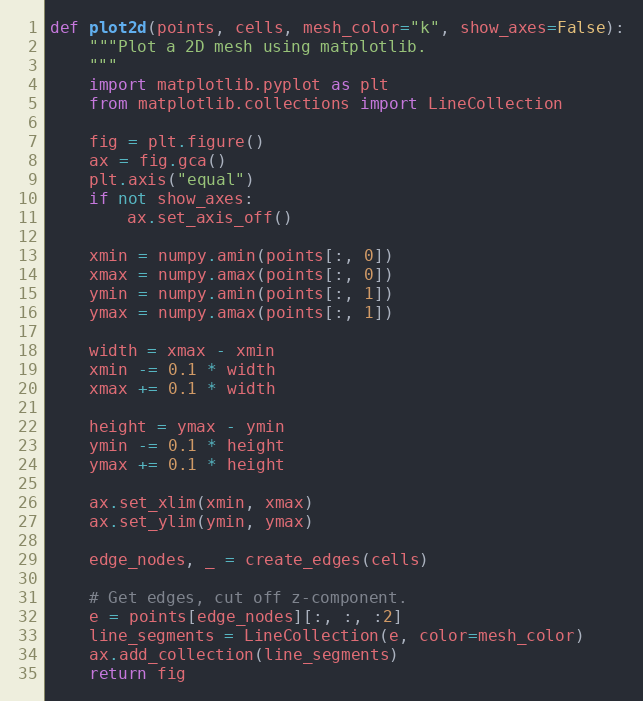
Language: Python
def plot2d(points, cells, mesh_color="k", show_axes=False):
    """Plot a 2D mesh using matplotlib.
    """
    import matplotlib.pyplot as plt
    from matplotlib.collections import LineCollection

    fig = plt.figure()
    ax = fig.gca()
    plt.axis("equal")
    if not show_axes:
        ax.set_axis_off()

    xmin = numpy.amin(points[:, 0])
    xmax = numpy.amax(points[:, 0])
    ymin = numpy.amin(points[:, 1])
    ymax = numpy.amax(points[:, 1])

    width = xmax - xmin
    xmin -= 0.1 * width
    xmax += 0.1 * width

    height = ymax - ymin
    ymin -= 0.1 * height
    ymax += 0.1 * height

    ax.set_xlim(xmin, xmax)
    ax.set_ylim(ymin, ymax)

    edge_nodes, _ = create_edges(cells)

    # Get edges, cut off z-component.
    e = points[edge_nodes][:, :, :2]
    line_segments = LineCollection(e, color=mesh_color)
    ax.add_collection(line_segments)
    return fig